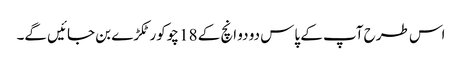
اس طرح آپ کے پاس دو دو انچ کے 18 چوکور ٹکڑے بن جائیں گے۔